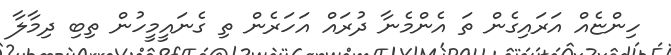
ހިންޏެއް އަރައިގެން ތަ އެންމެނާ ދުރައް އަހަރެން ތި ގެނައީމީހުން ތިބި ދިމާލާ